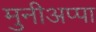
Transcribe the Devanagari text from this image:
मुनीअप्पा